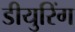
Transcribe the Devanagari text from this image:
डीयुरिंग